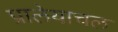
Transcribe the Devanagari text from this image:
प्रालेयाचल